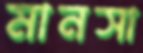
মানসা